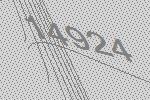
14924